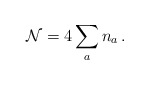
\begin{align*}{\cal N}= 4\sum_a n_a \, .\end{align*}